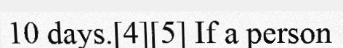
10 days.[4][5] If a person